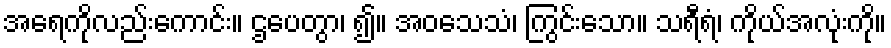
အရေကိုလည်းကောင်း။ ဌပေတွာ၊ ၍။ အဝသေသံ၊ ကြွင်းသော။ သရီရံ၊ ကိုယ်အလုံးကို။